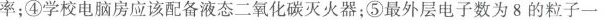
率；④学校电脑房应该配备液态二氧化碳灭火器；⑤最外层电子数为8的粒子一